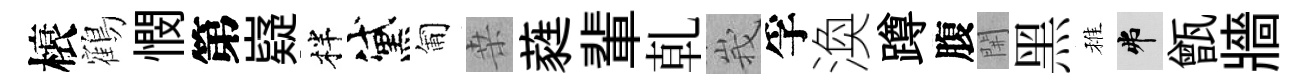
榱鶴憫第嶷柈黛匍桒蕤輩乹峩孚渙蹲腹𨳩黑稚弗甑牆